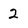
Character: 2